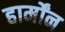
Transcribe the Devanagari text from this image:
हार्मोंन